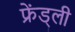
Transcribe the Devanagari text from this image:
फ्रेंड्ली